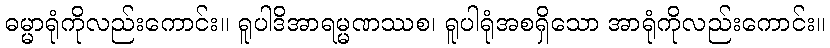
ဓမ္မာရုံကိုလည်းကောင်း။ ရူပါဒိအာရမ္မဏဿစ၊ ရူပါရုံအစရှိသော အာရုံကိုလည်းကောင်း။